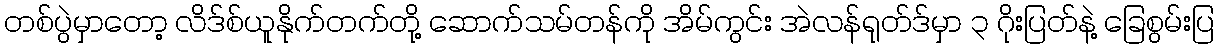
တစ်ပွဲမှာတော့ လိဒ်စ်ယူနိုက်တက်တို့ ဆောက်သမ်တန်ကို အိမ်ကွင်း အဲလန်ရုတ်ဒ်မှာ ၃ ဂိုးပြတ်နဲ့ ခြေစွမ်းပြ